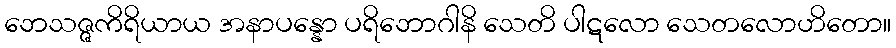
ဘေသဇ္ဇကိရိယာယ အနာပန္နော ပရိဘောဂါနိ သေတိ ပါဋလော သေတလောဟိတော။